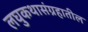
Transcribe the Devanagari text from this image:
लघुकथासंग्रहातील